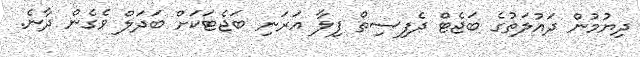
ދިޔުމުން ދައުލަތުގެ ބަޖެޓް ދެފިސިތް ފިލާ އަރަނި ބަޖެޓަކަށް ބަދަލް ވެގެން ދާނެ.